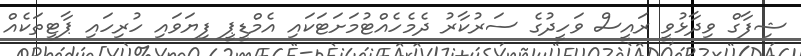
ޝިފާގް ވިދާޅުވީ ރައީސް ވަހީދުގެ ސަރުކާރު ދެމެހެއްޓުމަށަޓަކައި އެމްޑީޕީ ފިޔަވައި ހުރިހައި ޕާޓީތަކެއް